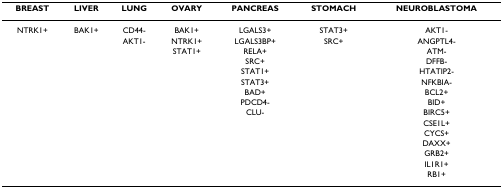
<table><thead><tr><td><b>BREAST</b></td><td><b>LIVER</b></td><td><b>LUNG</b></td><td><b>OVARY</b></td><td><b>PANCREAS</b></td><td><b>STOMACH</b></td><td><b>NEUROBLASTOMA</b></td></tr></thead><tbody><tr><td>NTRK1+</td><td>BAK1+</td><td>CD44-</td><td>BAK1+</td><td>LGALS3+</td><td>STAT3+</td><td>AKT1-</td></tr><tr><td></td><td></td><td>AKT1-</td><td>NTRK1+</td><td>LGALS3BP+</td><td>SRC+</td><td>ANGPTL4-</td></tr><tr><td></td><td></td><td></td><td>STAT1+</td><td>RELA+</td><td></td><td>ATM-</td></tr><tr><td></td><td></td><td></td><td></td><td>SRC+</td><td></td><td>DFFB-</td></tr><tr><td></td><td></td><td></td><td></td><td>STAT1+</td><td></td><td>HTATIP2-</td></tr><tr><td></td><td></td><td></td><td></td><td>STAT3+</td><td></td><td>NFKBIA-</td></tr><tr><td></td><td></td><td></td><td></td><td>BAD+</td><td></td><td>BCL2+</td></tr><tr><td></td><td></td><td></td><td></td><td>PDCD4-</td><td></td><td>BID+</td></tr><tr><td></td><td></td><td></td><td></td><td>CLU-</td><td></td><td>BIRC5+</td></tr><tr><td></td><td></td><td></td><td></td><td></td><td></td><td>CSE1L+</td></tr><tr><td></td><td></td><td></td><td></td><td></td><td></td><td>CYCS+</td></tr><tr><td></td><td></td><td></td><td></td><td></td><td></td><td>DAXX+</td></tr><tr><td></td><td></td><td></td><td></td><td></td><td></td><td>GRB2+</td></tr><tr><td></td><td></td><td></td><td></td><td></td><td></td><td>IL1R1+</td></tr><tr><td></td><td></td><td></td><td></td><td></td><td></td><td>RB1+</td></tr></tbody></table>